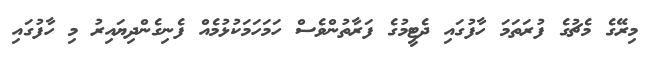
މިރޭގެ މެޗުގެ ފުރަތަމަ ހާފުގައި ދެޓީމުގެ ފަރާތުންވެސް ހަމަހަމަކުޅުމެއް ފެނިގެންދިޔައިރު މި ހާފުގައި